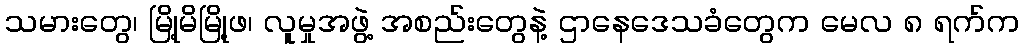
သမားတွေ၊ မြို့မိမြို့ဖ၊ လူမှုအဖွဲ့ အစည်းတွေနဲ့ ဌာနေဒေသခံတွေက မေလ ၈ ရက်က